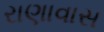
રાણાવાસ